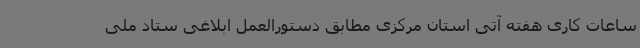
ساعات کاری هفته آتی استان مرکزی مطابق دستورالعمل ابلاغی ستاد ملی